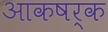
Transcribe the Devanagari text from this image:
आकषर्क